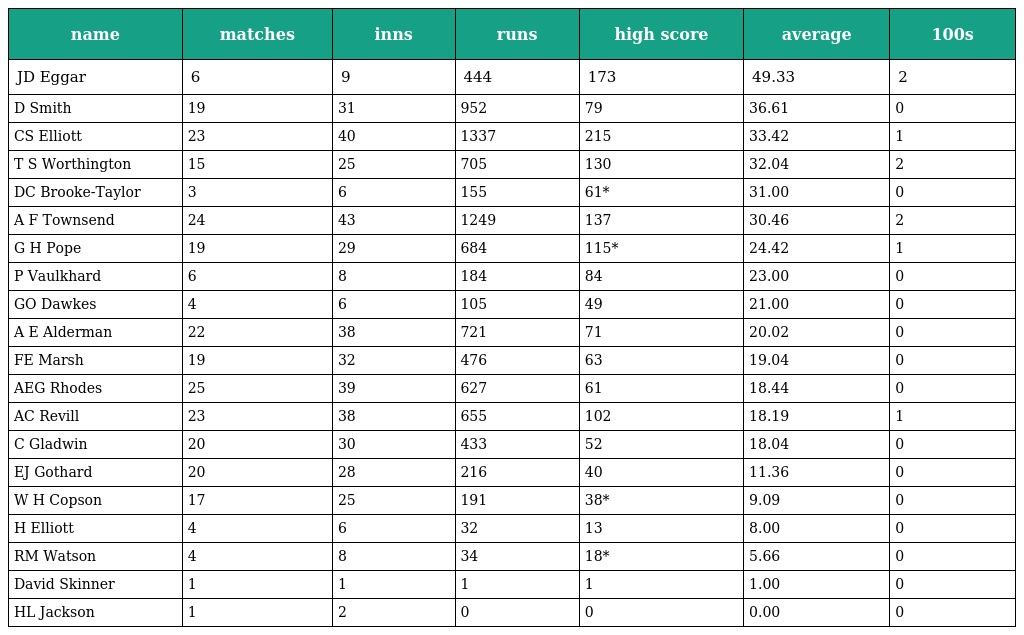
| name | matches | inns | runs | high score | average | 100s |
 | --- | --- | --- | --- | --- | --- | --- |
 | JD Eggar | 6 | 9 | 444 | 173 | 49.33 | 2 |
 | D Smith | 19 | 31 | 952 | 79 | 36.61 | 0 |
 | CS Elliott | 23 | 40 | 1337 | 215 | 33.42 | 1 |
 | T S Worthington | 15 | 25 | 705 | 130 | 32.04 | 2 |
 | DC Brooke-Taylor | 3 | 6 | 155 | 61* | 31.00 | 0 |
 | A F Townsend | 24 | 43 | 1249 | 137 | 30.46 | 2 |
 | G H Pope | 19 | 29 | 684 | 115* | 24.42 | 1 |
 | P Vaulkhard | 6 | 8 | 184 | 84 | 23.00 | 0 |
 | GO Dawkes | 4 | 6 | 105 | 49 | 21.00 | 0 |
 | A E Alderman | 22 | 38 | 721 | 71 | 20.02 | 0 |
 | FE Marsh | 19 | 32 | 476 | 63 | 19.04 | 0 |
 | AEG Rhodes | 25 | 39 | 627 | 61 | 18.44 | 0 |
 | AC Revill | 23 | 38 | 655 | 102 | 18.19 | 1 |
 | C Gladwin | 20 | 30 | 433 | 52 | 18.04 | 0 |
 | EJ Gothard | 20 | 28 | 216 | 40 | 11.36 | 0 |
 | W H Copson | 17 | 25 | 191 | 38* | 9.09 | 0 |
 | H Elliott | 4 | 6 | 32 | 13 | 8.00 | 0 |
 | RM Watson | 4 | 8 | 34 | 18* | 5.66 | 0 |
 | David Skinner | 1 | 1 | 1 | 1 | 1.00 | 0 |
 | HL Jackson | 1 | 2 | 0 | 0 | 0.00 | 0 |